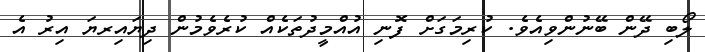
ލޯބި ދޭން ބޭނުންވިއެވެ. ކުރިމަގަށް ފޮނި އުއްމީދުތަކެއް ކުރެވެމުން ދިޔައިރޔަ އިރު އެ